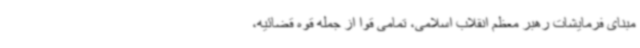
مبنای فرمایشات رهبر معظم انقلاب اسلامی، تمامی قوا از جمله قوه قضائیه،